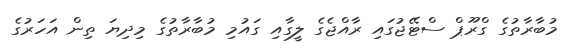
މުބާރާތުގެ ގްރޫޕް ސްޓޭޖުގައި ރާއްޖެގެ ލީގާއި ގައުމި މުބާރާތުގެ މިދިޔަ ތިން އަހަރުގެ